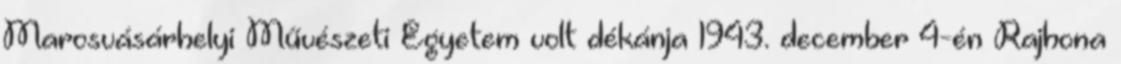
Marosvásárhelyi Művészeti Egyetem volt dékánja 1943. december 4-én Rajhona